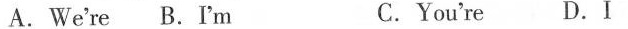
A. We're B. I'm C. You're D. I